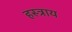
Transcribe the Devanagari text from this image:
हस्त्राय